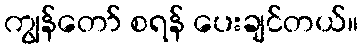
ကျွန်တော် စရန် ပေးချင်တယ်။